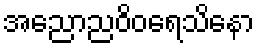
အညောညဝိဝရေသိနော